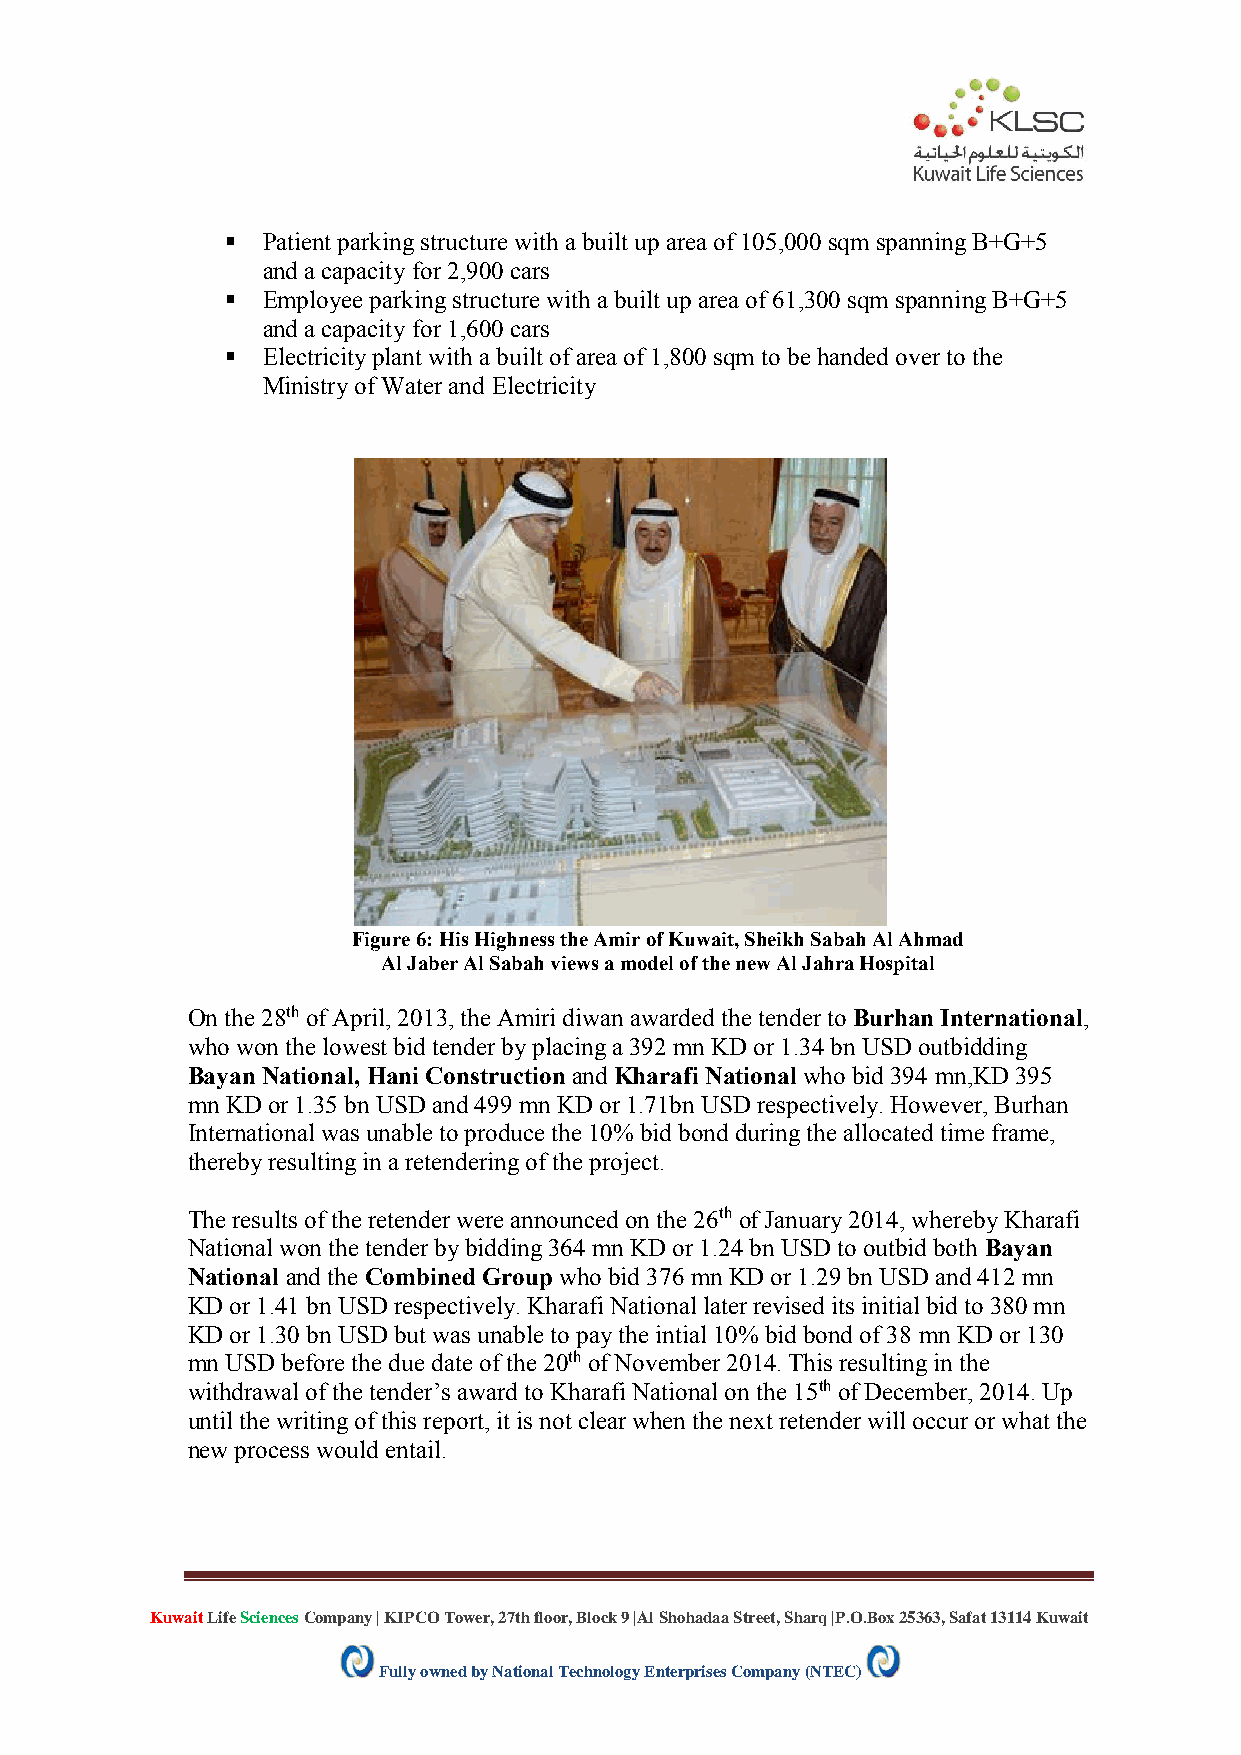
 Patient parking structure with a built up area of 105,000 sqm spanning B+G+5
 and a capacity for 2,900 cars
  Employee parking structure with a built up area of 61,300 sqm spanning B+G+5
 and a capacity for 1,600 cars
  Electricity plant with a built of area of 1,800 sqm to be handed over to the
 Ministry of Water and Electricity
 Figure 6: His Highness the Amir of Kuwait, Sheikh Sabah Al Ahmad
 Al Jaber Al Sabah views a model of the new Al Jahra Hospital
 On the 28th of April, 2013, the Amiri diwan awarded the tender to Burhan International,
 who won the lowest bid tender by placing a 392 mn KD or 1.34 bn USD outbidding
 Bayan National, Hani Construction and Kharafi National who bid 394 mn,KD 395
 mn KD or 1.35 bn USD and 499 mn KD or 1.71bn USD respectively. However, Burhan
 International was unable to produce the 10% bid bond during the allocated time frame,
 thereby resulting in a retendering of the project.
 The results of the retender were announced on the 26th of January 2014, whereby Kharafi
 National won the tender by bidding 364 mn KD or 1.24 bn USD to outbid both Bayan
 National and the Combined Group who bid 376 mn KD or 1.29 bn USD and 412 mn
 KD or 1.41 bn USD respectively. Kharafi National later revised its initial bid to 380 mn
 KD or 1.30 bn USD but was unable to pay the intial 10% bid bond of 38 mn KD or 130
 mn USD before the due date of the 20th of November 2014. This resulting in the
 withdrawal of the tender’s award to Kharafi National on the 15th of December, 2014. Up
 until the writing of this report, it is not clear when the next retender will occur or what the
 new process would entail.
 Kuwait Life Sciences Company | KIPCO Tower, 27th floor, Block 9 |Al Shohadaa Street, Sharq |P.O.Box 25363, Safat 13114 Kuwait
 Fully owned by National Technology Enterprises Company (NTEC)